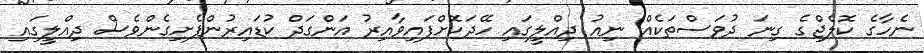
ނެހާގެ ކޮލެޖްގެ ގިނަ ދުވަސްތަކެއް ނިއު ދިއްލީގައި ހޭދަކޮށްފައިވާއިރު އަންގަދް ކުޑައިރުންފެށިގެންވެސް ދިއްލީގައި